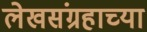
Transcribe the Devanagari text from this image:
लेखसंग्रहाच्या